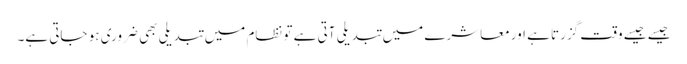
جیسے جیسے وقت گزرتا ہے اور معاشرے میں تبدیلی آتی ہے تو نظام میں تبدیلی بھی ضروری ہو جاتی ہے۔